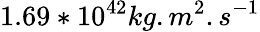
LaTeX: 1.69*10^{42}kg.m^{2}.s^{-1}